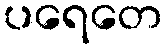
ပရေတေ